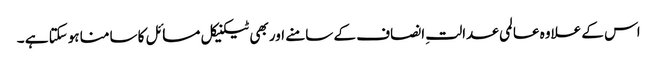
اس کے علاوہ عالمی عدالتِ انصاف کے سامنے اور بھی ٹیکنیکل مسائل کا سامنا ہوسکتا ہے ۔